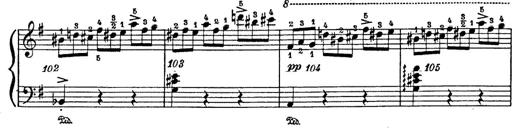
Title: 6 Polish Songs
Composer: Franz Liszt